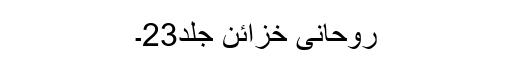
روحانی خزائن جلد23۔